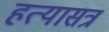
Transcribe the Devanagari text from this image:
हत्यासत्र